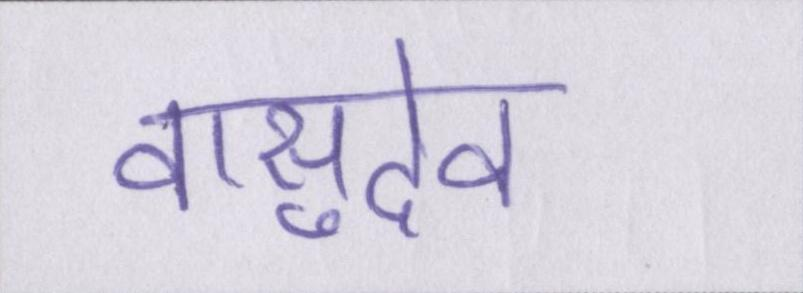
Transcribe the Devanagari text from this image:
वासुदेव